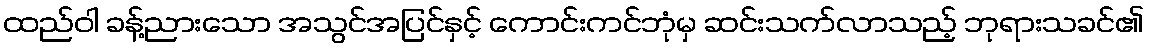
ထည်ဝါ ခန့်ညားသော အသွင်အပြင်နှင့် ကောင်းကင်ဘုံမှ ဆင်းသက်လာသည့် ဘုရားသခင်၏